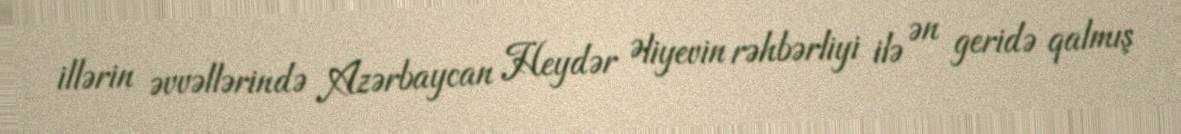
illərin əvvəllərində Azərbaycan Heydər Əliyevin rəhbərliyi ilə ən geridə qalmış